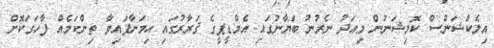
އިލެކްޝަންސް ކޮމިޝަނުން މިއަދު ނެރުނު ބަޔާނުގައި އެމްޑީޕީގެ ޤަރާރުގައި ހިމަނާފައިވާ ތިންކަމެއް ފާހަގަކޮށް